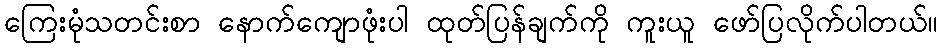
ကြေးမုံသတင်းစာ နောက်ကျောဖုံးပါ ထုတ်ပြန်ချက်ကို ကူးယူ ဖော်ပြလိုက်ပါတယ်။